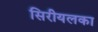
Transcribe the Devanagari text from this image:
सिरीयलका